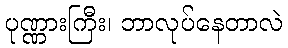
ပုဏ္ဏားကြီး၊ ဘာလုပ်နေတာလဲ